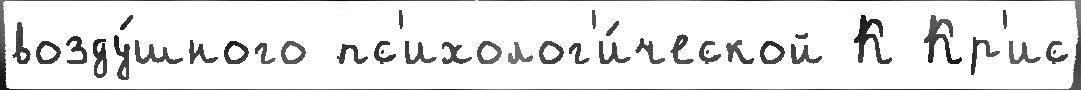
возду́шного пс'ихолог'и́ческой К Кр'ис